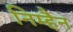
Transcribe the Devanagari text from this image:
निम्हैन